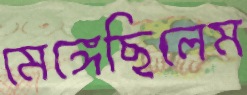
মেঙ্গেছিলেম